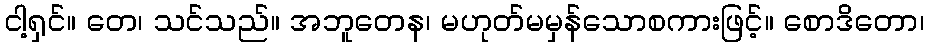
ငါ့ရှင်။ တေ၊ သင်သည်။ အဘူတေန၊ မဟုတ်မမှန်သောစကားဖြင့်။ စောဒိတော၊